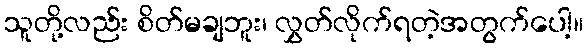
သူတို့လည်း စိတ်မချဘူး၊ လွှတ်လိုက်ရတဲ့အတွက်ပေါ့။